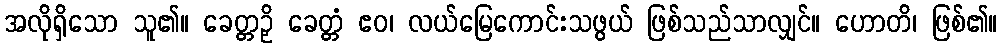
အလိုရှိသော သူ၏။ ခေတ္တဉှိ ခေတ္တံ ဧဝ၊ လယ်မြေကောင်းသဖွယ် ဖြစ်သည်သာလျှင်။ ဟောတိ၊ ဖြစ်၏။